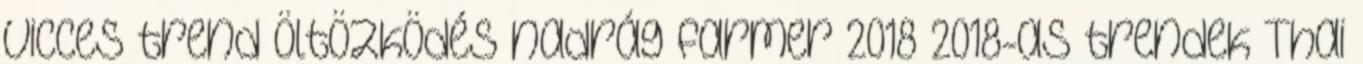
vicces trend öltözködés nadrág farmer 2018 2018-as trendek Thai